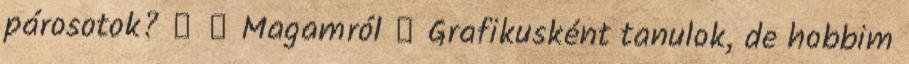
párosotok? ★ ♥ Magamról ♥ Grafikusként tanulok, de hobbim